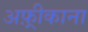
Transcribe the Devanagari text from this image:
अफ़्रीकाना